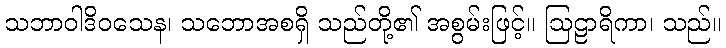
သဘာဝါဒိဝသေန၊ သဘောအစရှိ သည်တို့၏ အစွမ်းဖြင့်။ ဩဠာရိကာ၊ သည်။